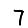
Digit: 7